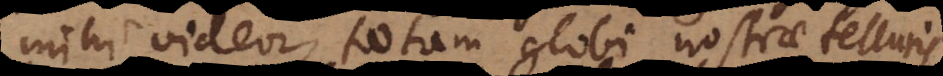
mihi videor, totam globi nostrae telluris